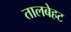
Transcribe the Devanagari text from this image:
तालबेहट